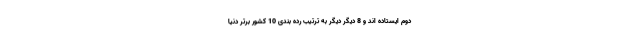
دوم ایستاده اند و 8 دیگر دیگر به ترتیب رده بندی 10 کشور برتر دنیا